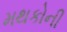
મથકોની